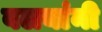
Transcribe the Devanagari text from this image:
वलयांनी